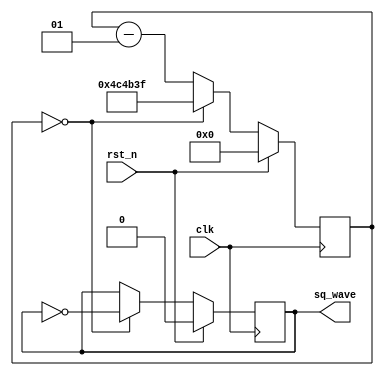
`timescale 1ns / 1ps
//////////////////////////////////////////////////////////////////////////////////
// Company: 
// Engineer: 
// 
// Design Name: 
// Module Name: square_wave
// Project Name: 
// Target Devices: 
// Tool Versions: 
// Description: 
// 
// Dependencies: 
// 
// Revision:
// Revision 0.01 - File Created
// Additional Comments:
// 
//////////////////////////////////////////////////////////////////////////////////


module square_wave( clk,rst_n,sq_wave);
input clk;
input rst_n;
output sq_wave;
	parameter CLOCK_FREQUENCY = 10000000;
	integer count = 0;
	reg sq = 0;
 always @(posedge clk) begin
		if (rst_n) begin
			count <= 8'h00;
			sq	 <= 1'b0;
		end
		else begin 
			if (count == 8'h00) begin
				sq <= ~sq;
				count <= CLOCK_FREQUENCY/2 - 1;  
			end 
			else 
				count <= count - 1; 
			end
		end
		assign sq_wave = sq;
endmodule